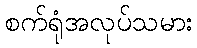
စက်ရုံအလုပ်သမား